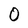
Character: O